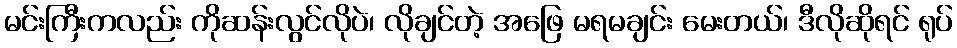
မင်းကြီးကလည်း ကိုဆန်းလွင်လိုပဲ၊ လိုချင်တဲ့ အဖြေ မရမချင်း မေးတယ်၊ ဒီလိုဆိုရင် ရုပ်